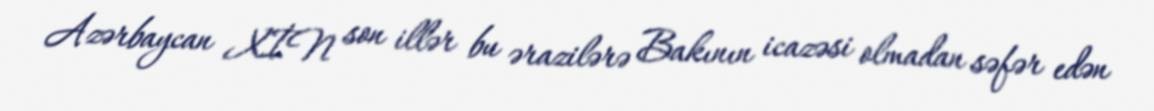
Azərbaycan XİN son illər bu ərazilərə Bakının icazəsi olmadan səfər edən